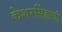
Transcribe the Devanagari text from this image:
केशरसिंहाची